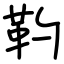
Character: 靮